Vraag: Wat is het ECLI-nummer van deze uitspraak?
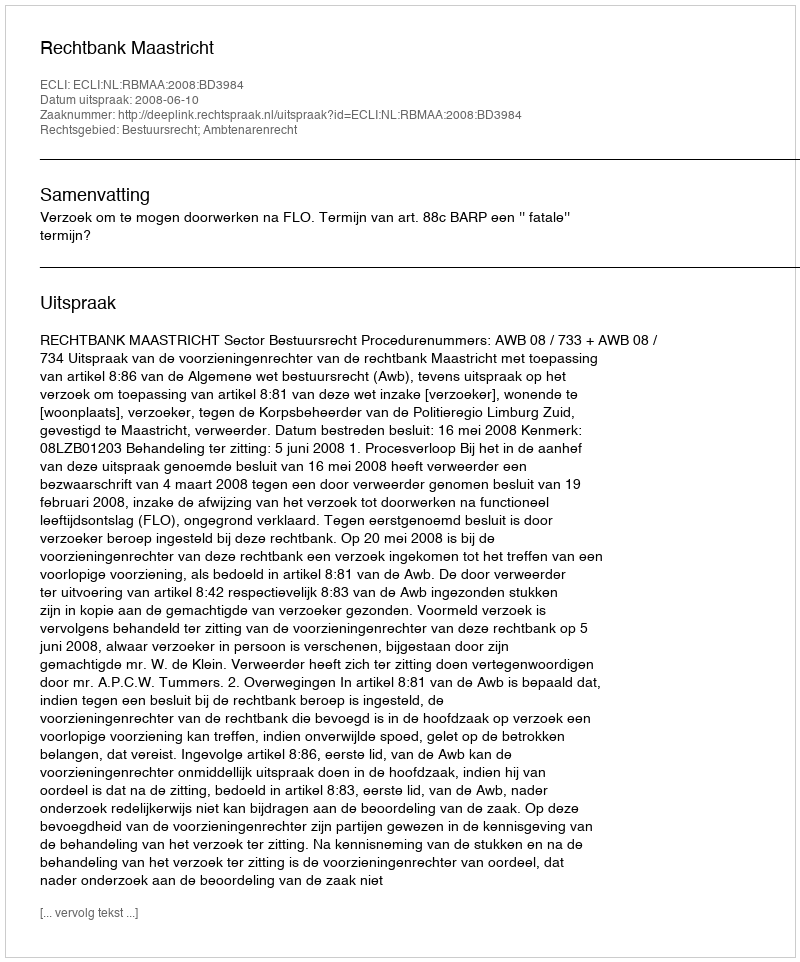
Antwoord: ECLI:NL:RBMAA:2008:BD3984